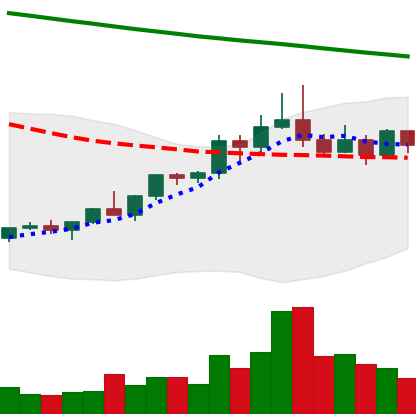
Ticker: ETC-USD
Chart end date: 2022-02-16
Forward return: -22.507%
Label: down_7plus